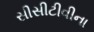
સીસીટીવીના